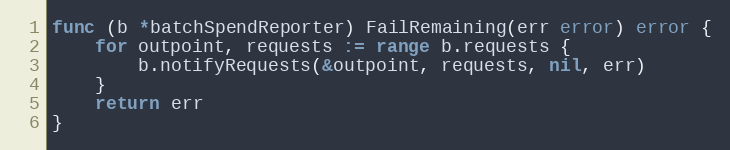
Language: Go
func (b *batchSpendReporter) FailRemaining(err error) error {
	for outpoint, requests := range b.requests {
		b.notifyRequests(&outpoint, requests, nil, err)
	}
	return err
}